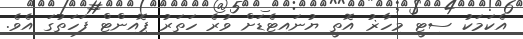
އެކަމަކު ސިޓީ މިހާޜު އޮތީ ޔުނައިޓެޑަށް ވުރެ ހަތަރު ޕޮއިންޓް ފަހަތުގަ އެވެ.